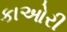
કાઓરી